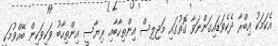
އެކަމަކު އިބްރާ ދެކެވަޑައިގަންނަވާ ގޮތުގައި މަޖިލިސް އިންތިހާބާއި ރިޔާސީ އިންތިހާބު ވަކިވަކިން ބޭއްވުމަކީ